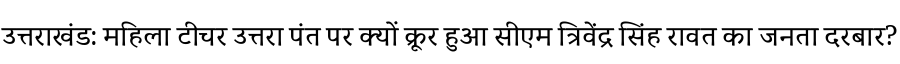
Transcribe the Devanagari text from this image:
उत्तराखंड: महिला टीचर उत्तरा पंत पर क्यों क्रूर हुआ सीएम त्रिवेंद्र सिंह रावत का जनता दरबार?